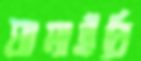
ঘামাইবি